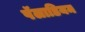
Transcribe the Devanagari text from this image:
पॅलाडियम